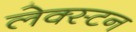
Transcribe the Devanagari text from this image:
लेक्स्टन